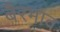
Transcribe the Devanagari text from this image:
बैरभाव